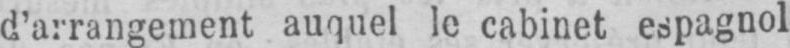
d’arrangement auquel le cabinet espagnol